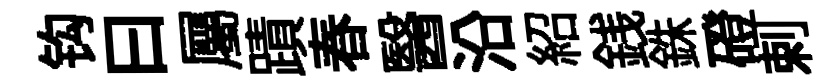
钩曰屬蹟春醫沿紹銭銖磴剌